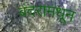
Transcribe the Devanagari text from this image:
बंदरामधून